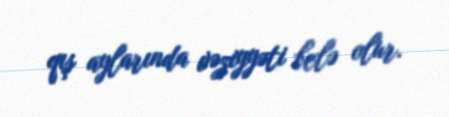
qış aylarında vəziyyəti belə olur.